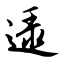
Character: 逯